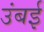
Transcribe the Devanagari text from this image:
उंबई